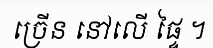
ច្រើន នៅលើ ផ្ទៃ ។